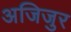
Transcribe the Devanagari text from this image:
अजिजुर